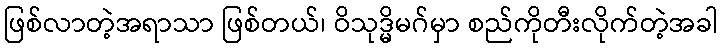
ဖြစ်လာတဲ့အရာသာ ဖြစ်တယ်၊ ဝိသုဒ္မိမဂ်မှာ စည်ကိုတီးလိုက်တဲ့အခါ